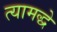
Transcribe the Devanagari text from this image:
त्यामद्धे